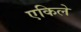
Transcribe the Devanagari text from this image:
एकिले